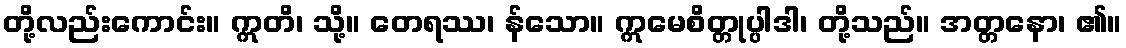
တို့လည်းကောင်း။ ဣတိ၊ သို့။ တေရဿ၊ န်သော။ ဣမေစိတ္တုပ္ပါဒါ၊ တို့သည်။ အတ္တနော၊ ၏။